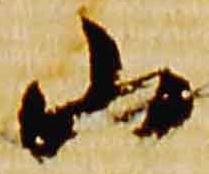
山